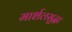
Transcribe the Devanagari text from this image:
मार्शलसुद्धा